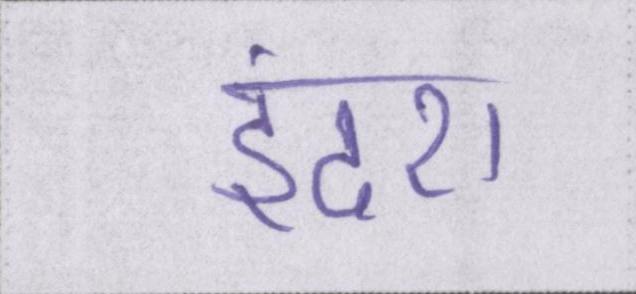
इंदरा